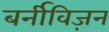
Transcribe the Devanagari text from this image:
बर्नीविज़न